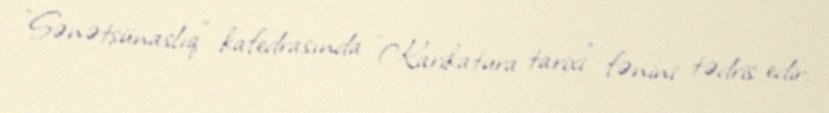
"Sənətşünaslıq" kafedrasında "Karikatura tarixi" fənini tədris edir.